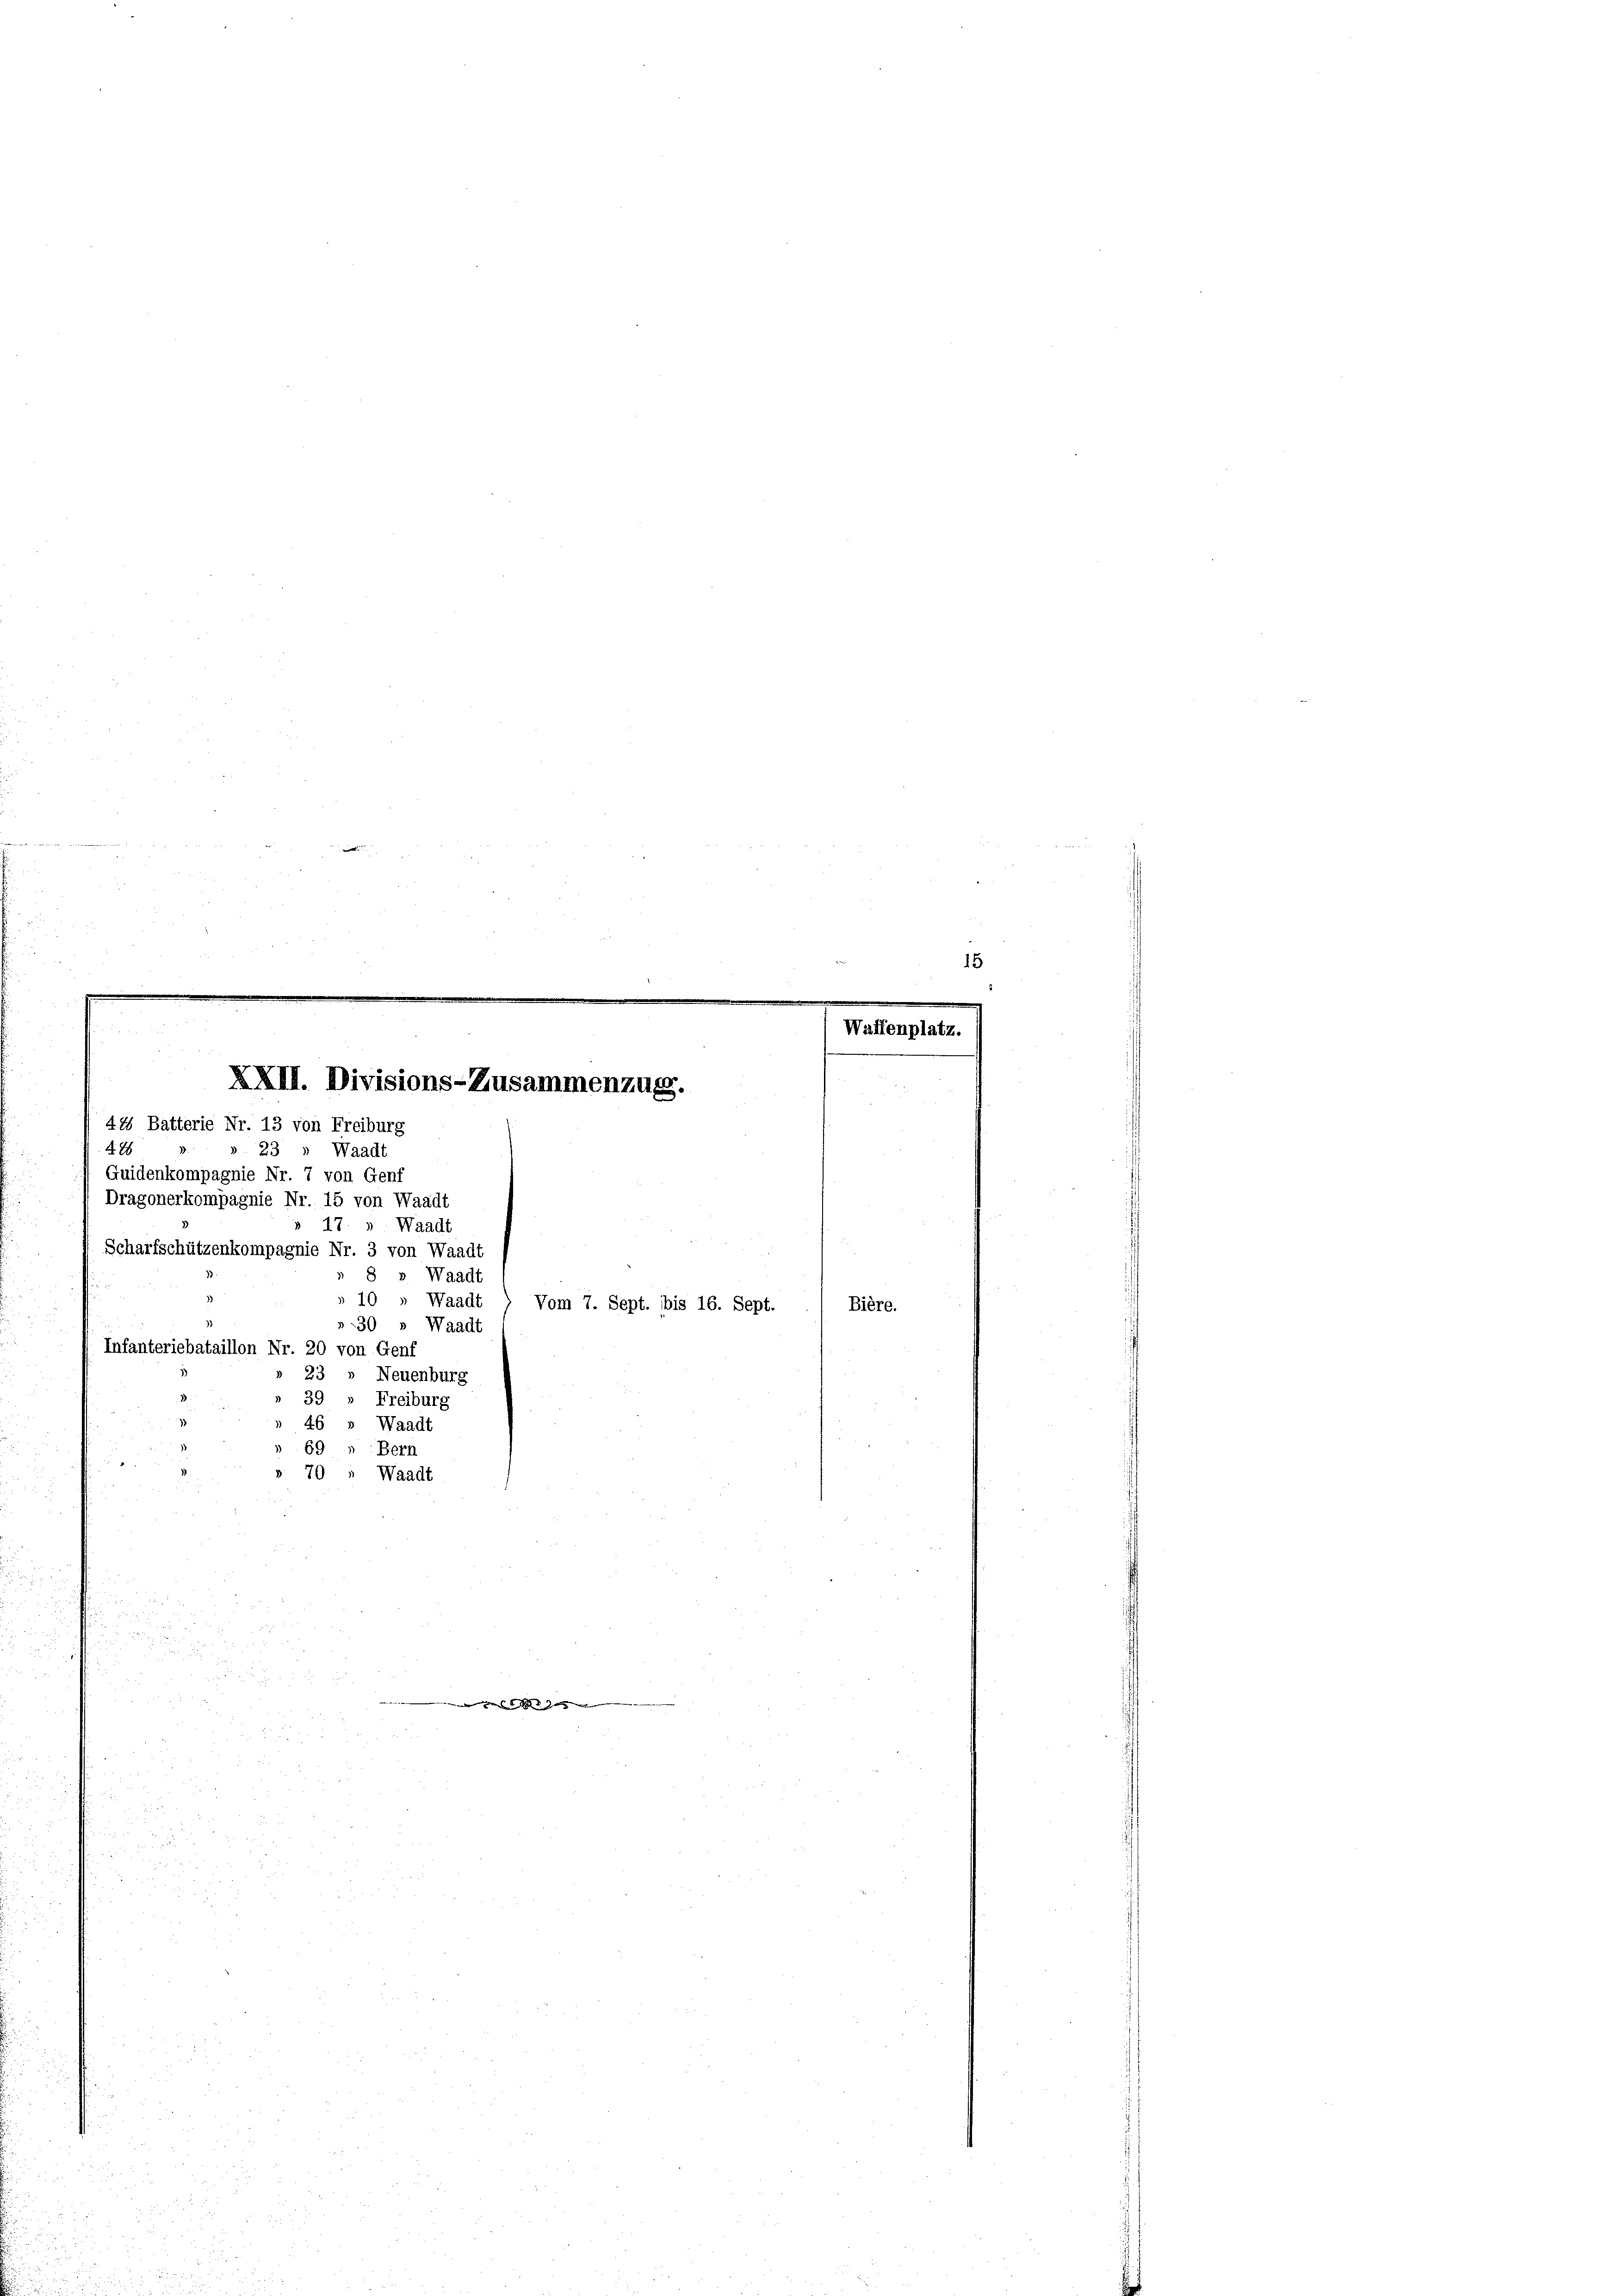
d. 28
23 “ Waadt
Guidenkompagnie Nr. 7 von Genf
Dragonerkompagnie Nr. 15 von Waadt
» 17. » Waadt
Scharfschützenkompagnie Nr. 3 von Waadt
8 » Waadt
» 10 " Waad
»30 » Waadt
Infanteriebataillon Nr. 20 von Genf
23 » Neuenburg
39
Freiburg
6
Waadt
Bern
70 " Waadt

Vom 7. Sept. bis 16. Sept.
Bière

XXII. Divisions-Zusammenzug.
44 Batterie Nr. 13 von Freiburg

1 S. 19. d. 3